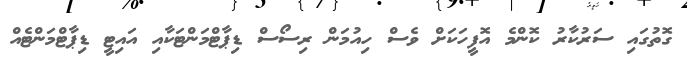
ގޮތުގައި ސަރުކާރު ކޮންމެ އޮފީހަކަށް ވެސް ހިއުމަން ރިސޯސް ޑިޕާޓްމަންޓަކާއި އައިޓީ ޑިޕާޓްމަންޓެއް